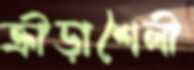
ক্রীড়াশৈলী